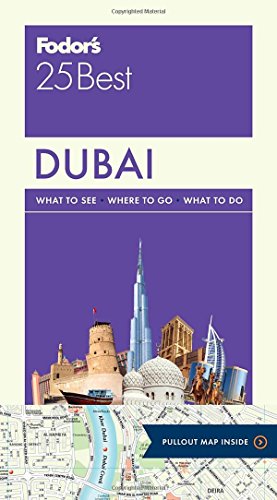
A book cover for Fodor's Dubai 25 Best (Full-color Travel Guide); Fodor's; Travel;